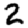
Digit: 2